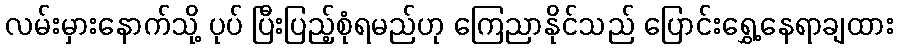
လမ်းမှားနောက်သို့ ပုပ် ပြီးပြည့်စုံရမည်ဟု ကြေညာနိုင်သည် ပြောင်းရွှေ့နေရာချထား